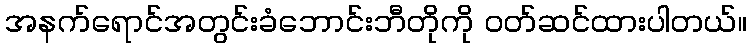
အနက်ရောင်အတွင်းခံဘောင်းဘီတိုကို ဝတ်ဆင်ထားပါတယ်။